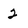
Character: 2